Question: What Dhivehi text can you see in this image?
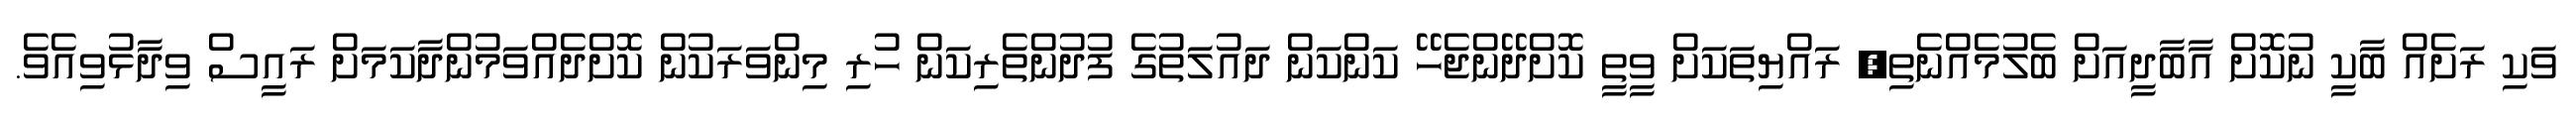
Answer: ވަކި ރަށެއް ބާކީ ނުކޮށް އާބާދީއަށް ބެލުމެއްނެތި, ރައްޔިތަކަށް ވީތީ ކޮށްދޭންޖެހޭ ކަންކަން ދައުލަތުގެ ފުދުންތެރިކަން ހުރި މިންވަރަކުން ކޮށްދެއްވަމުންދާކަމަށް ރައީސް ވިދާޅުވިއެވެ.